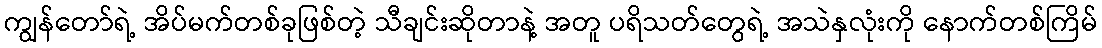
ကျွန်တော်ရဲ့ အိပ်မက်တစ်ခုဖြစ်တဲ့ သီချင်းဆိုတာနဲ့ အတူ ပရိသတ်တွေရဲ့ အသဲနှလုံးကို နောက်တစ်ကြိမ်